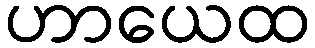
ဟာယေထ